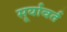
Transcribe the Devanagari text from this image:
सूर्यावर्त